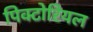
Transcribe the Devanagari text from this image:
पिक्टोरियल